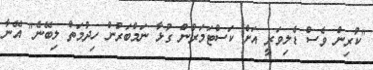
"ކުރިން ވެސް ޑެލިވަރީ އަށް ކަސްޓަމަރުން ގުޅާ ނަމްބަރުން ހިދުމަތް ލިބޭނެ" އޭނާ